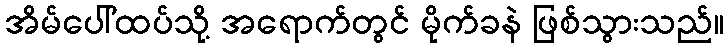
အိမ်ပေါ်ထပ်သို့ အရောက်တွင် မိုက်ခနဲ ဖြစ်သွားသည်။